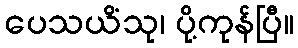
ပေသယိံသု၊ ပို့ကုန်ပြီ။